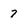
Character: 7